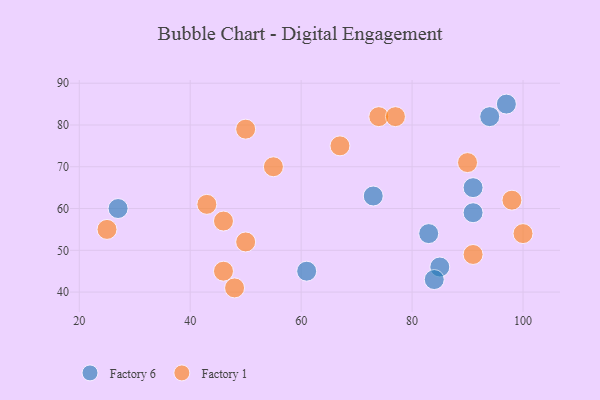
{"axis": {"x": "GDP", "y": "Life Expectancy"}, "legend": ["Factory 1", "Factory 6"], "data": [{"x": "83", "y": 54, "type": "Factory 6"}, {"x": "91", "y": 65, "type": "Factory 6"}, {"x": "61", "y": 45, "type": "Factory 6"}, {"x": "97", "y": 85, "type": "Factory 6"}, {"x": "91", "y": 59, "type": "Factory 6"}, {"x": "85", "y": 46, "type": "Factory 6"}, {"x": "84", "y": 43, "type": "Factory 6"}, {"x": "94", "y": 82, "type": "Factory 6"}, {"x": "27", "y": 60, "type": "Factory 6"}, {"x": "73", "y": 63, "type": "Factory 6"}, {"x": "55", "y": 70, "type": "Factory 1"}, {"x": "48", "y": 41, "type": "Factory 1"}, {"x": "91", "y": 49, "type": "Factory 1"}, {"x": "67", "y": 75, "type": "Factory 1"}, {"x": "74", "y": 82, "type": "Factory 1"}, {"x": "43", "y": 61, "type": "Factory 1"}, {"x": "77", "y": 82, "type": "Factory 1"}, {"x": "98", "y": 62, "type": "Factory 1"}, {"x": "46", "y": 57, "type": "Factory 1"}, {"x": "100", "y": 54, "type": "Factory 1"}, {"x": "46", "y": 45, "type": "Factory 1"}, {"x": "50", "y": 79, "type": "Factory 1"}, {"x": "50", "y": 52, "type": "Factory 1"}, {"x": "25", "y": 55, "type": "Factory 1"}, {"x": "90", "y": 71, "type": "Factory 1"}]}